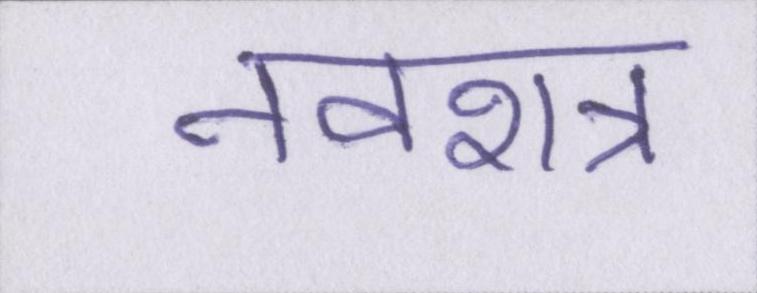
नवरात्र